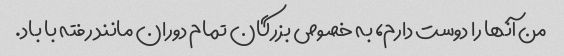
من آنها را دوست دارم، به خصوص بزرگان تمام دوران مانند رفته با باد.